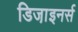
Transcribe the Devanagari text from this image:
डिजा़इनर्स